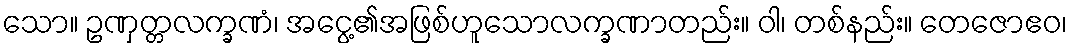
သော။ ဥဏှတ္တလက္ခဏံ၊ အငွေ့၏အဖြစ်ဟူသောလက္ခဏာတည်း။ ဝါ၊ တစ်နည်း။ တေဇောဧဝ၊